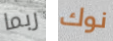
ربما نوك